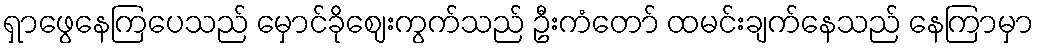
ရှာဖွေနေကြပေသည် မှောင်ခိုဈေးကွက်သည် ဦးကံတော် ထမင်းချက်နေသည် နေကြာမှာ